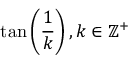
\tan \left( { \frac { 1 } { k } } \right) , k \in \mathbb { Z } ^ { + }